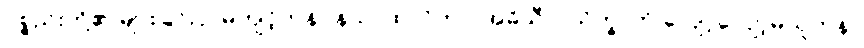
ပစ္စည်းတို့၏ များခြင်းငှာမကျင့်ကုန်။ နသာထလိကာ၊ အဓိသီလသိက္ခာကို လျော့လျော့မယူကုန်။